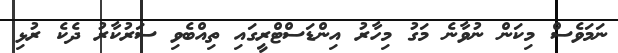
ނަމަވެސް މިކަން ނުވާނެ މަގު މިހާރު އިންޑަސްޓްރީގައި ތިއްބެވި ސަރުކާރު ދެކެ ރުޅި